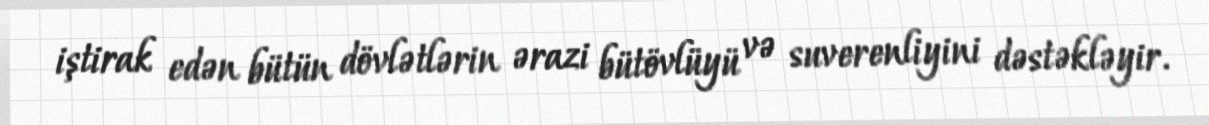
iştirak edən bü­tün dövlətlərin ərazi bütövlüyü və suverenliyini dəstəkləyir.